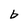
Character: b